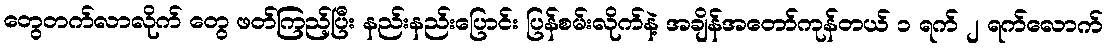
တွေတက်လာလိုက် တွေ ဖတ်ကြည့်ပြီး နည်းနည်းပြောင်း ပြန်စမ်းလိုက်နဲ့ အချိန်အတော်ကုန်တယ် ၁ ရက် ၂ ရက်လောက်